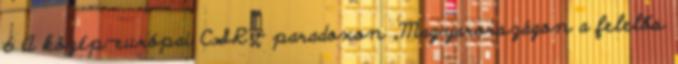
6 A közép-európai CSR - paradoxon „Magyarországon a felelős